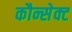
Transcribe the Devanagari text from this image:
कौन्सेक्ट